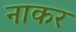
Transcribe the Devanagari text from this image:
नाकर